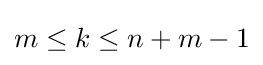
m\leq k\leq n+m-1